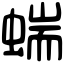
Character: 𧍒